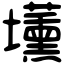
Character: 𡓽